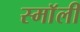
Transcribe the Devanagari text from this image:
स्माॅली